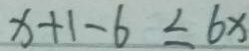
x + 1 - 6 \leq 6 x